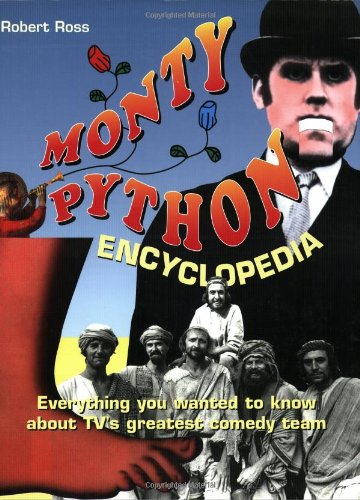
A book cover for Monty Python Encyclopedia; Robert Ross; Humor & Entertainment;